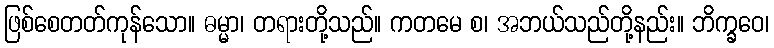
ဖြစ်စေတတ်ကုန်သော။ ဓမ္မာ၊ တရားတို့သည်။ ကတမေ စ၊ အဘယ်သည်တို့နည်း။ ဘိက္ခဝေ၊